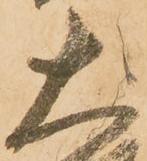
大